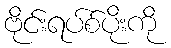
ဗိုင်းရပ်စ်ပိုးကို